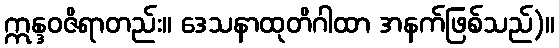
ဣန္ဒဝဇိရာတည်း။ ဒေသနာထုတိဂါထာ အနက်ဖြစ်သည်)။